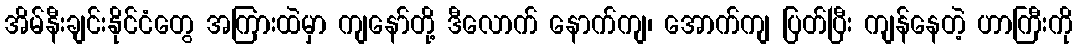
အိမ်နီးချင်းနိုင်ငံတွေ အကြားထဲမှာ ကျနော်တို့ ဒီလောက် နောက်ကျ၊ အောက်ကျ ပြတ်ပြီး ကျန်နေတဲ့ ဟာကြီးကို